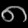
Digit: ၈